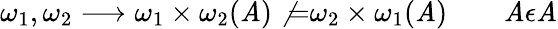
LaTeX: \omega_{1},\omega_{2}\longrightarrow\omega_{1}\times\omega_{2}(\mathit{A})\not{=}\omega_{2}\times\omega_{1}(\mathit{A})\qquad\mathit{A}\epsilon{\cal\mathit{A}}